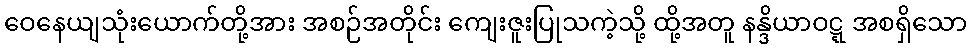
ဝေနေယျသုံးယောက်တို့အား အစဉ်အတိုင်း ကျေးဇူးပြုသကဲ့သို့ ထို့အတူ နန္ဒိယာဝဋ္ဋ အစရှိသော